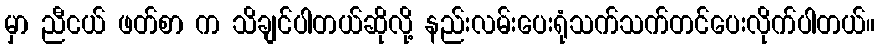
မှာ ညီငယ် ဖတ်စာ က သိချင်ပါတယ်ဆိုလို့ နည်းလမ်းပေးရုံသက်သက်တင်ပေးလိုက်ပါတယ်။